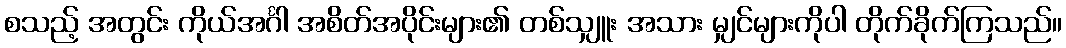
စသည့် အတွင်း ကိုယ်အင်္ဂါ အစိတ်အပိုင်းများ၏ တစ်သျှူး အသား မျှင်များကိုပါ တိုက်ခိုက်ကြသည်။